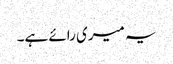
یہ میری رائے ہے۔